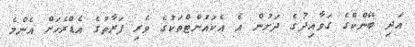
އަދި ބޭންކްގެ ގަވާއިދުގެ ދަށުން އެ އެކައުންޓްތަކުގެ ވެރި ފަރާތުގެ އެޑްރެހަށް އެންމެ